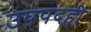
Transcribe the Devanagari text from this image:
उपपदही